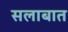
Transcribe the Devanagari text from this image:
सलाबात